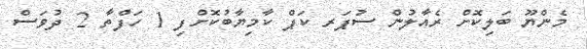
މެންޔޫ ބަލިކޮށް ރެއާލުން ސުޕަރ ކަޕް ކާމިޔާބުކޮށްފި 1 ހަފްތާ 2 ދުވަސް